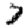
Digit: 7